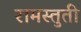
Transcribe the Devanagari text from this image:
रामस्तुती